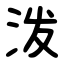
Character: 泼